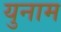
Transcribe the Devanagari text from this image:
युनाम